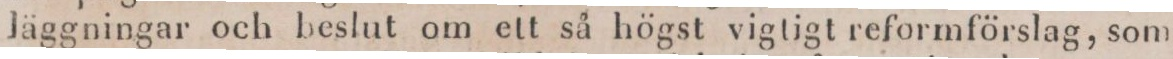
Jäggningar och beslut om ett så högst vigtigt reformförslag, som